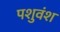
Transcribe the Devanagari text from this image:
पशुवंश